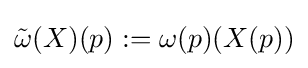
{\tilde {\omega }}(X)(p):=\omega (p)(X(p))